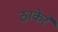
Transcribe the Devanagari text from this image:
ठाकेरे